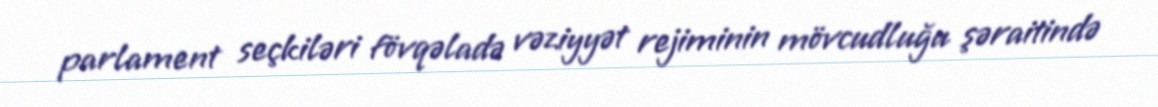
parlament seçkiləri fövqəladə vəziyyət rejiminin mövcudluğu şəraitində